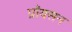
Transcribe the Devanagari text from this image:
प्रॉयसन